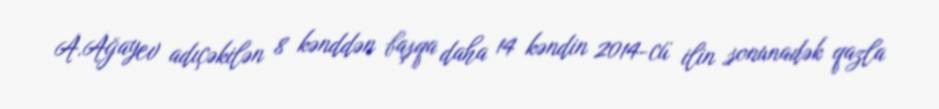
A.Ağayev adıçəkilən 8 kənddən başqa daha 14 kəndin 2014-cü ilin sonunadək qazla